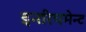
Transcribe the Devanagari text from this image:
इनरिचमेन्ट